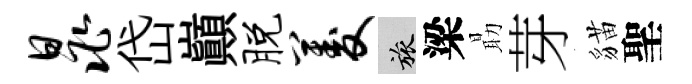
晁岱巔脱菱旅梁朂芽貓聖